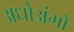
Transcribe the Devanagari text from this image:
अधोअंगो